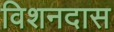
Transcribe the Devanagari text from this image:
विशनदास